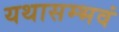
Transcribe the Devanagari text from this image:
यथासम्भवं